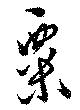
粟